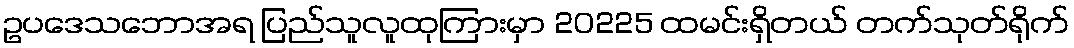
ဥပဒေသဘောအရ ပြည်သူလူထုကြားမှာ 20225 ထမင်းရှိတယ် တက်သုတ်ရိုက်